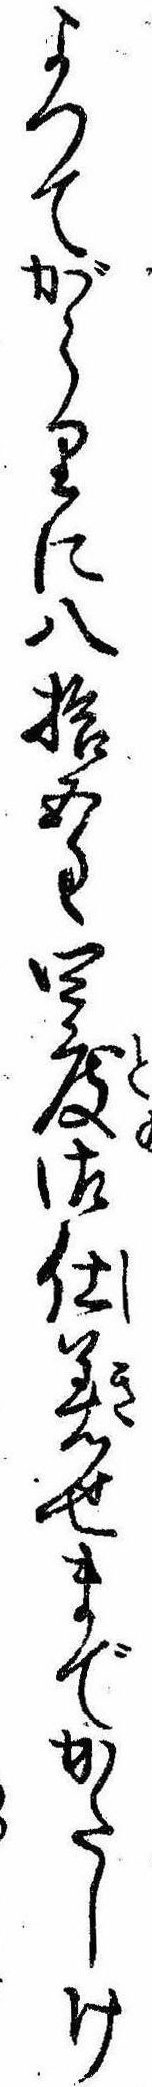
よつてがらりに八拾五匁四度御仕着せまでかたしけ